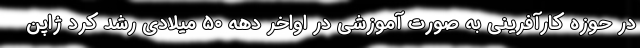
در حوزه کارآفرینی به صورت آموزشی در اواخر دهه ۵۰ میلادی رشد کرد ژاپن